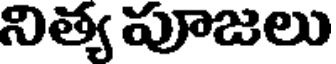
నిత్య పూజలు